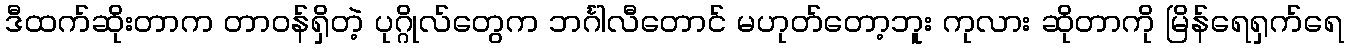
ဒီထက်ဆိုးတာက တာဝန်ရှိတဲ့ ပုဂ္ဂိုလ်တွေက ဘင်္ဂါလီတောင် မဟုတ်တော့ဘူး ကုလား ဆိုတာကို မြိန်ရေရှက်ရေ